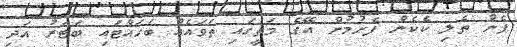
ފެން ތެލި ކެކެން ފެށުމުން އޭގެ މަތީގައި ތަވައެއް ބަހައްޓައި ބަޓަރު އަދި